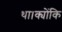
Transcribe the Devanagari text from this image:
था।क्योंकि